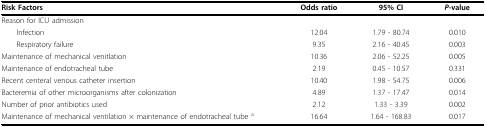
<table><thead><tr><td><b>Risk Factors</b></td><td><b>Odds ratio</b></td><td><b>95% CI</b></td><td><b><i>P</i>-value</b></td></tr></thead><tbody><tr><td>Reason for ICU admission</td><td></td><td></td><td></td></tr><tr><td> Infection</td><td>12.04</td><td>1.79 - 80.74</td><td>0.010</td></tr><tr><td> Respiratory failure</td><td>9.35</td><td>2.16 - 40.45</td><td>0.003</td></tr><tr><td>Maintenance of mechanical venitlation</td><td>10.36</td><td>2.06 - 52.25</td><td>0.005</td></tr><tr><td>Maintenance of endotracheal tube</td><td>2.19</td><td>0.45 - 10.57</td><td>0.331</td></tr><tr><td>Recent centeral venous catheter insertion</td><td>10.40</td><td>1.98 - 54.75</td><td>0.006</td></tr><tr><td>Bacteremia of other microorganisms after colonization</td><td>4.89</td><td>1.37 - 17.47</td><td>0.014</td></tr><tr><td>Number of prior antibiotics used</td><td>2.12</td><td>1.33 - 3.39</td><td>0.002</td></tr><tr><td>Maintenance of mechanical ventilation × maintenance of endotracheal tube <sup>a</sup></td><td>16.64</td><td>1.64 - 168.83</td><td>0.017</td></tr></tbody></table>